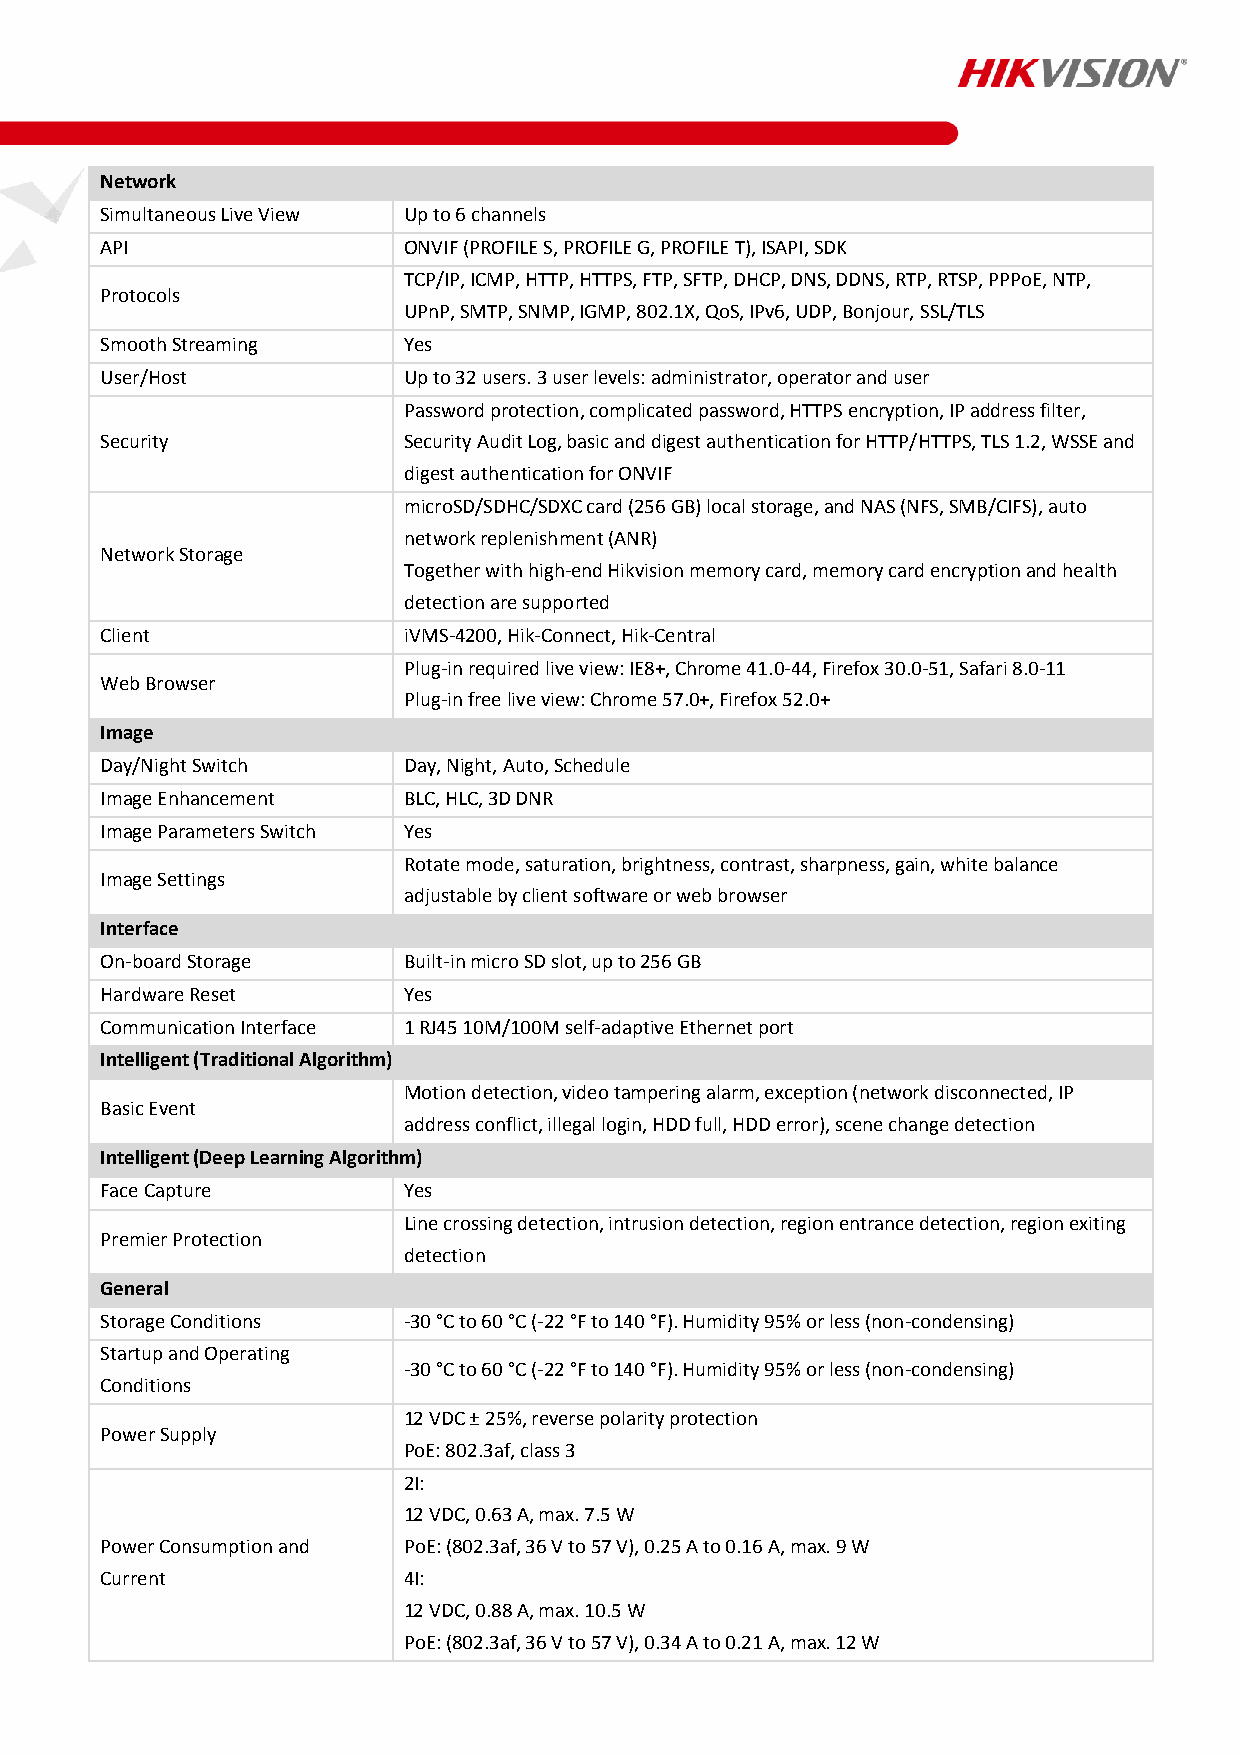
Network
 Simultaneous Live View Up to 6 channels
 API                 ONVIF (PROFILE S, PROFILE G, PROFILE T), ISAPI, SDK
 TCP/IP, ICMP, HTTP, HTTPS, FTP, SFTP, DHCP, DNS, DDNS, RTP, RTSP, PPPoE, NTP,
 Protocols
 UPnP, SMTP, SNMP, IGMP, 802.1X, QoS, IPv6, UDP, Bonjour, SSL/TLS
 Smooth Streaming    Yes
 User/Host           Up to 32 users. 3 user levels: administrator, operator and user
 Password protection, complicated password, HTTPS encryption, IP address filter,
 Security            Security Audit Log, basic and digest authentication for HTTP/HTTPS, TLS 1.2, WSSE and
 digest authentication for ONVIF
 microSD/SDHC/SDXC card (256 GB) local storage, and NAS (NFS, SMB/CIFS), auto
 network replenishment (ANR)
 Network Storage
 Together with high-end Hikvision memory card, memory card encryption and health
 detection are supported
 Client              iVMS-4200, Hik-Connect, Hik-Central
 Plug-in required live view: IE8+, Chrome 41.0-44, Firefox 30.0-51, Safari 8.0-11
 Web Browser
 Plug-in free live view: Chrome 57.0+, Firefox 52.0+
 Image
 Day/Night Switch    Day, Night, Auto, Schedule
 Image Enhancement   BLC, HLC, 3D DNR
 Image Parameters Switch Yes
 Rotate mode, saturation, brightness, contrast, sharpness, gain, white balance
 Image Settings
 adjustable by client software or web browser
 Interface
 On-board Storage    Built-in micro SD slot, up to 256 GB
 Hardware Reset      Yes
 Communication Interface 1 RJ45 10M/100M self-adaptive Ethernet port
 Intelligent (Traditional Algorithm)
 Motion detection, video tampering alarm, exception (network disconnected, IP
 Basic Event
 address conflict, illegal login, HDD full, HDD error), scene change detection
 Intelligent (Deep Learning Algorithm)
 Face Capture        Yes
 Line crossing detection, intrusion detection, region entrance detection, region exiting
 Premier Protection
 detection
 General
 Storage Conditions  -30 °C to 60 °C (-22 °F to 140 °F). Humidity 95% or less (non-condensing)
 Startup and Operating
 -30 °C to 60 °C (-22 °F to 140 °F). Humidity 95% or less (non-condensing)
 Conditions
 12 VDC ± 25%, reverse polarity protection
 Power Supply
 PoE: 802.3af, class 3
 2I:
 12 VDC, 0.63 A, max. 7.5 W
 Power Consumption and PoE: (802.3af, 36 V to 57 V), 0.25 A to 0.16 A, max. 9 W
 Current             4I:
 12 VDC, 0.88 A, max. 10.5 W
 PoE: (802.3af, 36 V to 57 V), 0.34 A to 0.21 A, max. 12 W